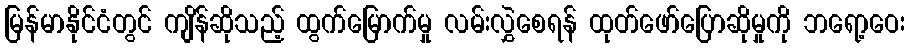
မြန်မာနိုင်ငံတွင် ကျိန်ဆိုသည့် ထွက်မြောက်မှု လမ်းလွှဲစေရန် ထုတ်ဖော်ပြောဆိုမှုကို ဘရော့ဝေး